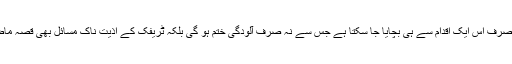
لاکھوں بیرل تیل صرف اس ایک اقدام سے ہی بچایا جا سکتا ہے جس سے نہ صرف آلودگی ختم ہو گی بلکہ ٹریفک کے اذیت ناک مسائل بھی قصہ ماضی ہو جائیں گے۔